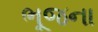
ભૂજના